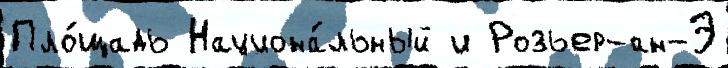
Пло́щадь Национа́льный и Розьер-ан-Э